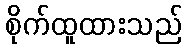
စိုက်ထူထားသည်